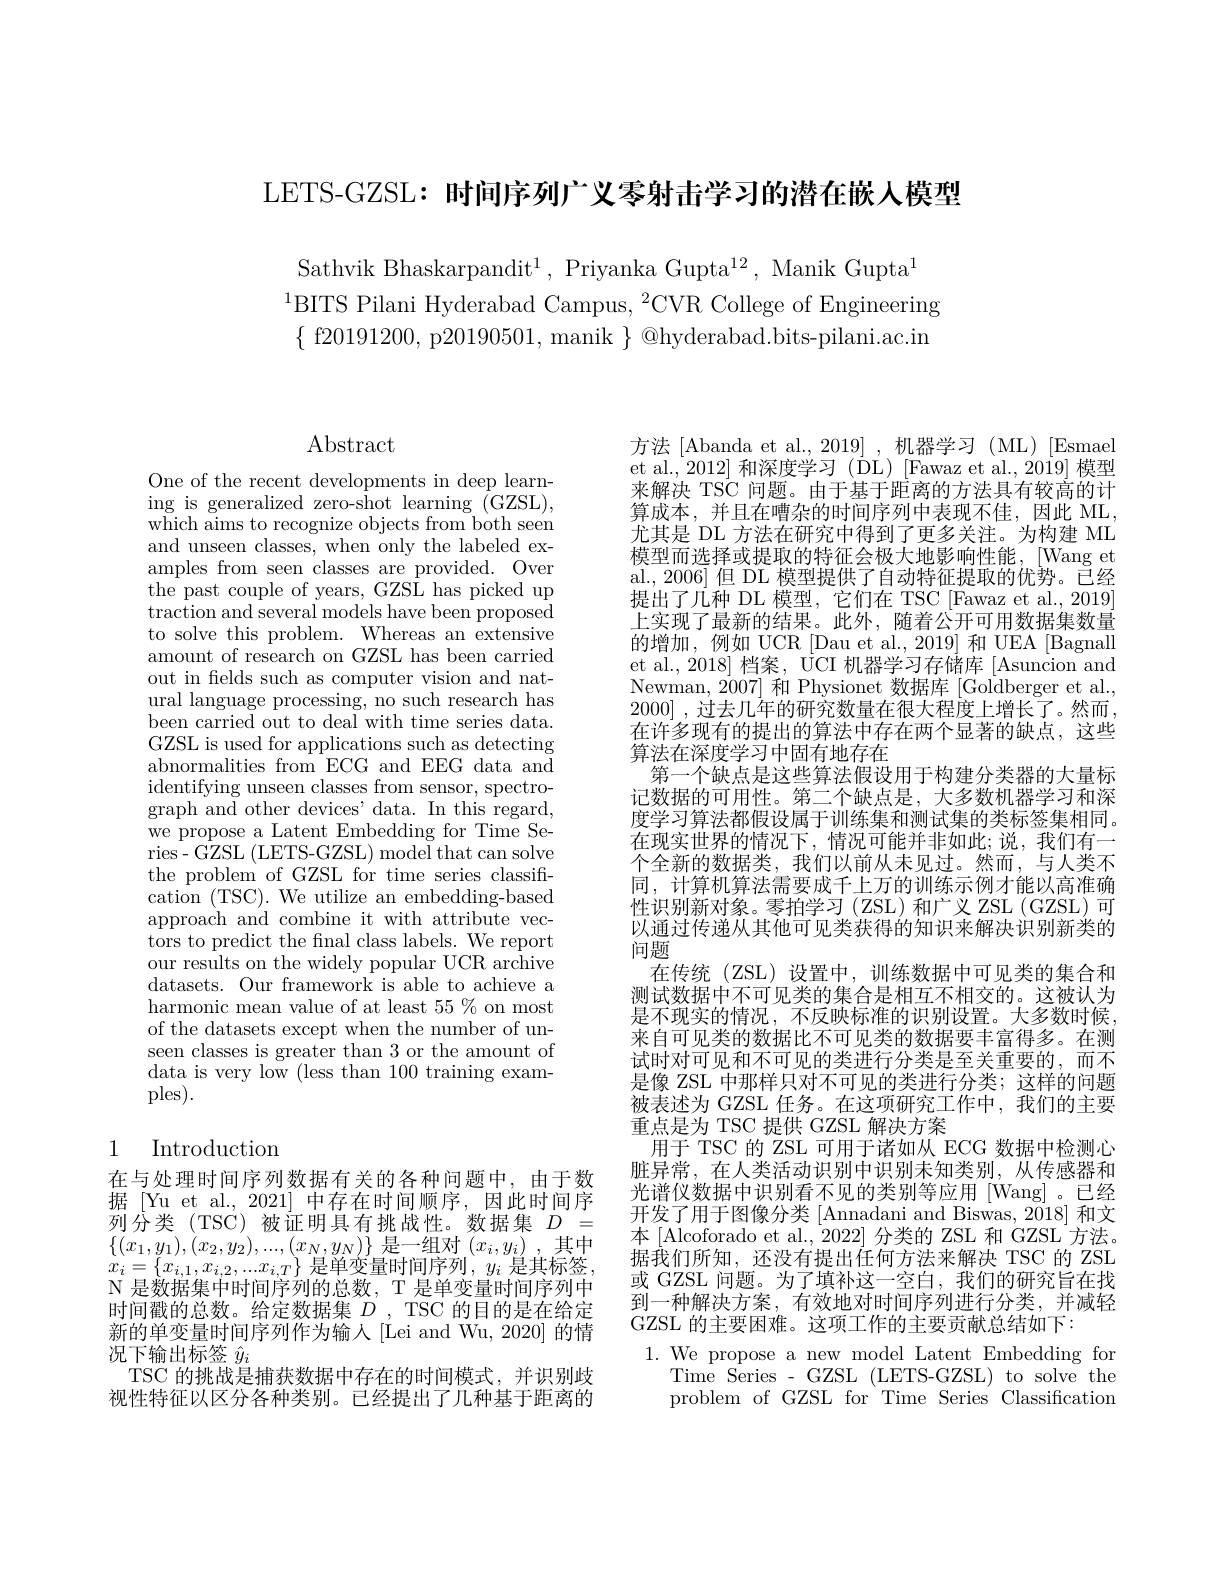
LETS-GZSL: 时间序列广义零射击学习的潜在嵌人模型

Sathvik Bhaskarpandit$^1$, Priyanka Gupta$^12$, Manik Gupta$^1$
$^{1}$BITS Pilani Hyderabad Campus, $^2$CVR College of Engineering $\{$ f20191200, p20190501, manik $\}$ @hyderabad.bits-pilani.ac.in

$\operatorname{Abstract}$

One of the recent developments in deep learning is generalized zero-shot learning (GZSL), which aims to recognize objects from both seen and unseen classes, when only the labeled examples from seen classes are provided. Over the past couple of years, GZSL has picked up traction and several models have been proposed to solve this problem. Whereas an extensive amount of research on GZSL has been carried out in felds such as computer vision and natural language processing, no such research has been carried out to deal with time series data. GZSL is used for applications such as detecting abnormalities from ECG and EEG data and identifying unseen classes from sensor, spectrograph and other devices' data. In this regard, we propose a Latent Embedding for Time Series- GZSL (LETS-GZSL) model that can solve the problem of GZSL for time series classification ( TSC) . We utilize an embedding- based approach and combine it with attribute vectors to predict the fnal class labels. We report our results on the widely popular UCR archive datasets. Our framework is able to achieve a harmonic mean value of at least $55\%$ on most of the datasets except when the number of unseen classes is greater than 3 or the amount of data is very low (less than 100 training examples).

### 1 Introduction

在与处理时间序列数据有关的各种问题中，由于数据 [Yu et al., 2021] 中存在时间顺序，因此时间序列分类(TSC)被证明具有挑战性。数据集$D=$ $\{(x_1,y_1),(x_2,y_2),...,(x_N,y_N)\}$是一组对$(x_i,y_i)$ ,其中$x_{i}=\left\{x_{i,1},x_{i,2},...x_{i,T}\right\}$是单变量时间序列$,y_i$ 是其标签， N 是数据集中时间序列的总数，T 是单变量时间序列中时间戳的总数。给定数据集$D$,TSC 的目的是在给定新的单变量时间序列作为输人[Lei and Wu, 2020] 的情况下输出标签$\hat{y}_i$
TSC 的挑战是捕获数据中存在的时间模式，并识别歧视性特征以区分各种类别。已经提出了几种基于距离的

方法[Abanda et al., 2019],机器学习(ML)[Esmael et al., 2012] 和深度学习 (DL) [Fawaz et al., 2019] 模型来解决 TSC 问题。由于基于距离的方法具有较高的计算成本，并且在嘈杂的时间序列中表现不佳，因此 ML, 尤其是 DL 方法在研究中得到了更多关注。为构建 ML 模型而选择或提取的特征会极大地影响性能，[Wang et al.,2006] 但 DL 模型提供了自动特征提取的优势。已经提出了几种 DL 模型，它们在 TSC [Fawaz et al., 2019] 上实现了最新的结果。此外，随着公开可用数据集数量的增加，例如 UCR [Dau et al.,2019] 和 UEA [Bagnall et al., 2018] 档案，$\dot{\mathrm{UCI}}$ 机器学习存储库$|\bar{\mathrm{Asuncion~and}}$ Newman, 2007] 和 Physionet 数据库 [Goldberger et al., 2000] ,过去几年的研究数量在很大程度上增长了。然而， 在许多现有的提出的算法中存在两个显著的缺点，这些算法在深度学习中固有地存在
第一个缺点是这些算法假设用于构建分类器的大量标记数据的可用性。第二个缺点是，大多数机器学习和深度学习算法都假设属于训练集和测试集的类标签集相同。在现实世界的情况下，情况可能并非如此；说，我们有一个全新的数据类，我们以前从未见过。然而，与人类不同，计算机算法需要成千上万的训练示例才能以高准确性识别新对象。零拍学习(ZSL)和广义 ZSL(GZSL) 可以通过传递从其他可见类获得的知识来解决识别新类的问题
在传统(ZSL)设置中，训练数据中可见类的集合和测试数据中不可见类的集合是相互不相交的。这被认为是不现实的情况，不反映标准的识别设置。大多数时候， 来自可见类的数据比不可见类的数据要丰富得多。在测试时对可见和不可见的类进行分类是至关重要的，而不是像 ZSL 中那样只对不可见的类进行分类；这样的问题被表述为 GZSL 任务。在这项研究工作中，我们的主要重点是为 TSC 提供 GZSL 解决方案
用于 TSC 的 ZSL 可用于诸如从 ECG 数据中检测心脏异常，在人类活动识别中识别未知类别，从传感器和光谱仪数据中识别看不见的类别等应用 [Wang]。已经开发了用于图像分类 [Annadani and Biswas, 2018] 和文本 [Alcoforado et al., 2022] 分类的 ZSL 和 GZSL 方法。$\dot{\text{据我们所知，还没有提出任何方法来解决 TSC 的 ZSL}}$ 或 GZSL 问题。为了填补这一空白，我们的研究旨在找到一种解决方案，有效地对时间序列进行分类，并减轻GZSL 的主要困难。这项工作的主要贡献总结如下：
1.We propose a new model Latent Embedding for
Time Series- GZSL (LETS-GZSL) to solve the problem of GZSL for Time Series Classification